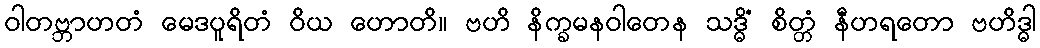
ဝါတဗ္ဘာဟတံ မေဒပူရိတံ ဝိယ ဟောတိ။ ဗဟိ နိက္ခမနဝါတေန သဒ္ဓိံ စိတ္တံ နီဟရတော ဗဟိဒ္ဓါ